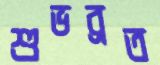
শুভব্রত